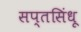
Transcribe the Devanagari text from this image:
सप्तसिंधू